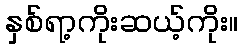
နှစ်ရာ့ကိုးဆယ့်ကိုး။